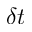
\delta t